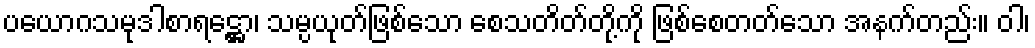
ပယောဂသမုဒါစာရဋ္ဌော၊ သမ္ပယုတ်ဖြစ်သော စေသတိတ်တို့ကို ဖြစ်စေတတ်သော အနက်တည်း။ ဝါ၊